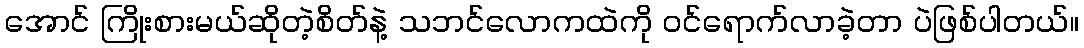
အောင် ကြိုးစားမယ်ဆိုတဲ့စိတ်နဲ့ သဘင်လောကထဲကို ဝင်ရောက်လာခဲ့တာ ပဲဖြစ်ပါတယ်။